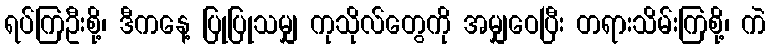
ရပ်ကြဦးစို့၊ ဒီကနေ့ ပြုပြုသမျှ ကုသိုလ်တွေကို အမျှဝေပြီး တရားသိမ်းကြစို့၊ ကဲ